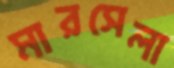
মারসেলা